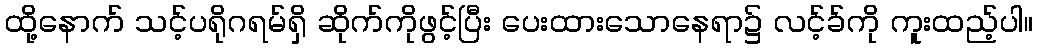
ထို့နောက် သင့်ပရိုဂရမ်ရှိ ဆိုက်ကိုဖွင့်ပြီး ပေးထားသောနေရာ၌ လင့်ခ်ကို ကူးထည့်ပါ။